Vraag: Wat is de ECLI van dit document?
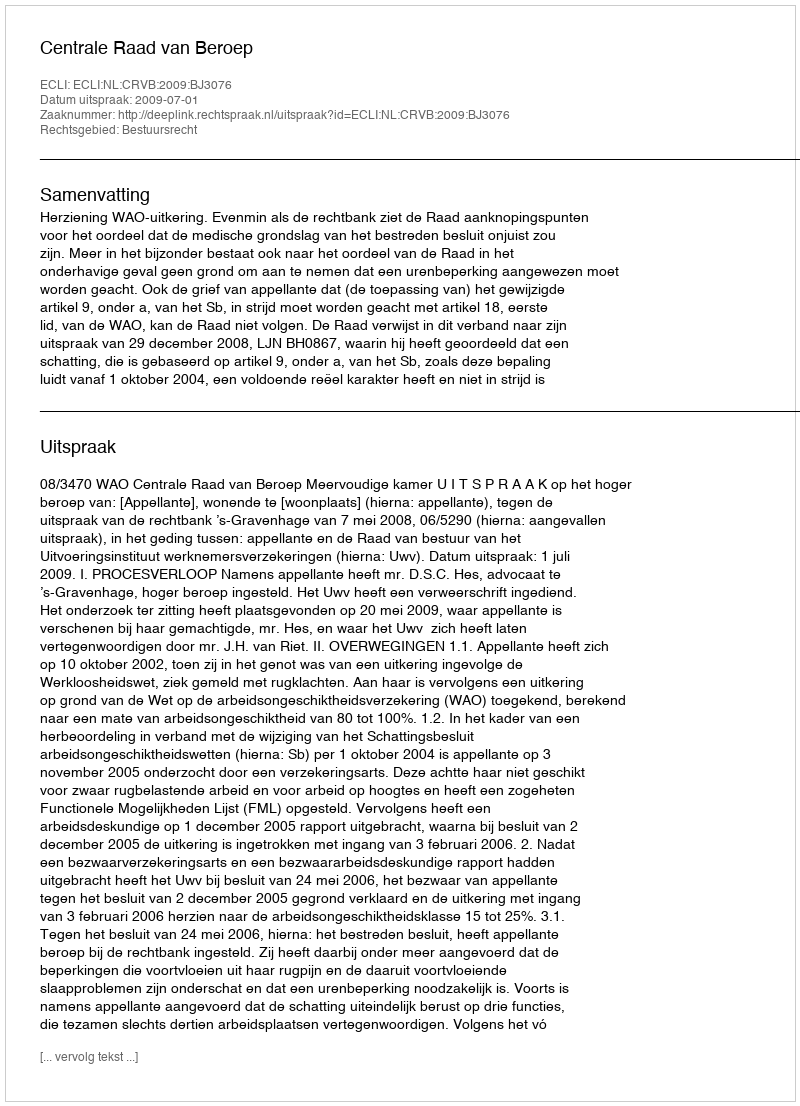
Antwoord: ECLI:NL:CRVB:2009:BJ3076